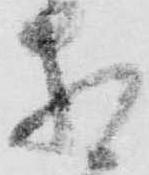
相